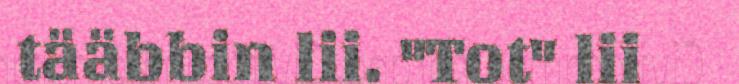
tääbbin lii. "Tot" lii